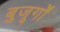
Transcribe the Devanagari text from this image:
बुजूर्गों